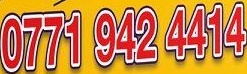
0771 942 4414